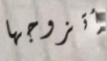
أتزوجها